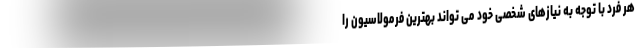
هر فرد با توجه به نیازهای شخصی خود می تواند بهترین فرمولاسیون را